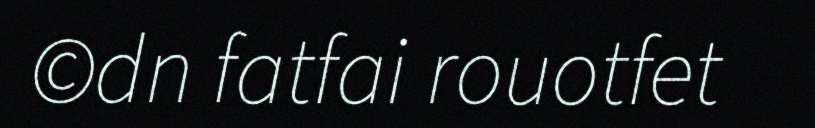
©dn fatfai rouotfet